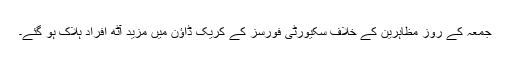
جمعہ کے روز مظاہرین کے خلاف سکیورٹی فورسز کے کریک ڈاؤن میں مزید آٹھ افراد ہلاک ہو گئے۔